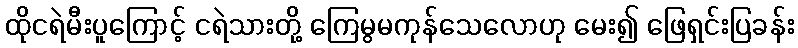
ထိုငရဲမီးပူကြောင့် ငရဲသားတို့ ကြေမွမကုန်သေလောဟု မေး၍ ဖြေရှင်းပြခန်း